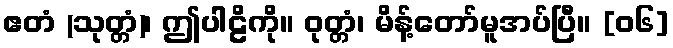
ဧတံ (သုတ္တံ)၊ ဤပါဠိကို။ ဝုတ္တံ၊ မိန့်တော်မူအပ်ပြီ။ [၀၆]